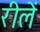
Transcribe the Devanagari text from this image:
रीलें